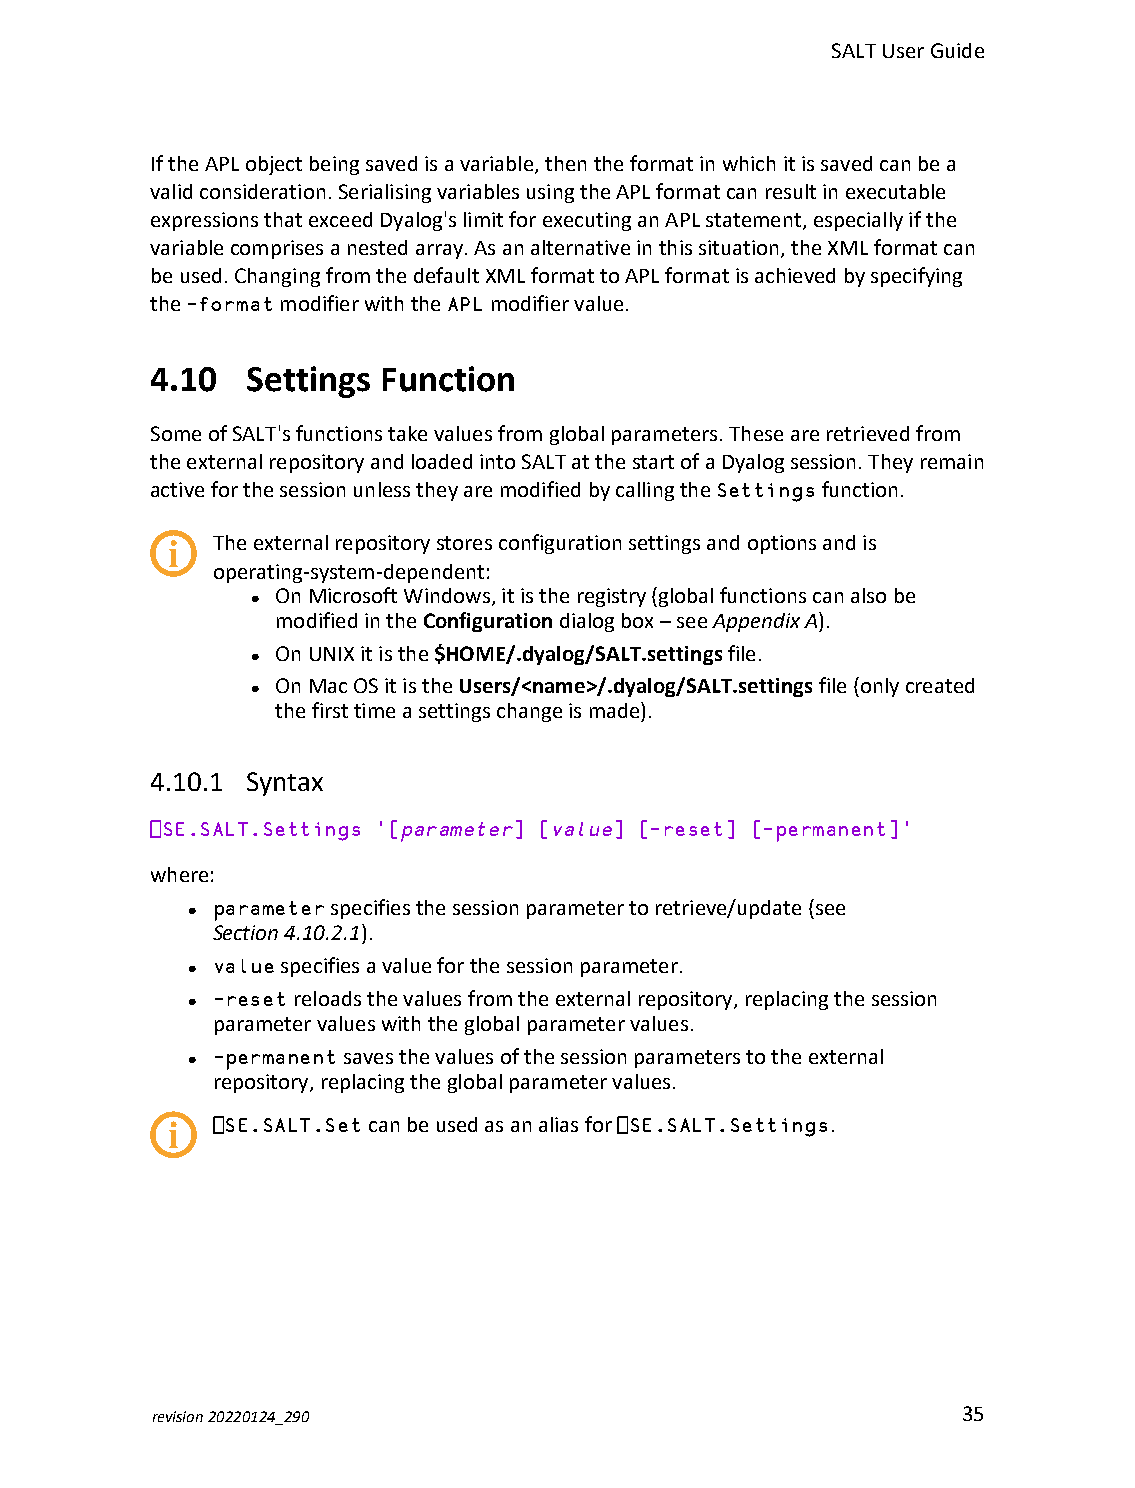
SALTUserGuide
 IftheAPLobjectbeingsavedisavariable,thentheformatinwhichitissavedcanbea
 validconsideration.SerialisingvariablesusingtheAPLformatcanresultinexecutable
 expressionsthatexceedDyalog'slimitforexecutinganAPLstatement,especiallyifthe
 variablecomprisesanestedarray.Asanalternativeinthissituation,theXMLformatcan
 beused.ChangingfromthedefaultXMLformattoAPLformatisachievedbyspecifying
 the-formatmodifierwiththeAPLmodifiervalue.
 4.10  Settings Function
 SomeofSALT'sfunctionstakevaluesfromglobalparameters.Theseareretrievedfrom
 theexternalrepositoryandloadedintoSALTatthestartofaDyalogsession.Theyremain
 activeforthesessionunlesstheyaremodifiedbycallingtheSettingsfunction.
 Theexternalrepositorystoresconfigurationsettingsandoptionsandis
 operating-system-dependent:
 OnMicrosoftWindows,itistheregistry(globalfunctionscanalsobe
 l
 modifiedintheConfigurationdialogbox–seeAppendix A).
 OnUNIXitisthe$HOME/.dyalog/SALT.settingsfile.
 l
 OnMacOSitistheUsers/<name>/.dyalog/SALT.settingsfile(onlycreated
 l
 thefirsttimeasettingschangeismade).
 4.10.1 Syntax
 ⎕SE.SALT.Settings '[parameter] [value] [-reset] [-permanent]'
 where:
 parameterspecifiesthesessionparametertoretrieve/update(see
 l
 Section 4.10.2.1).
 valuespecifiesavalueforthesessionparameter.
 l
 -resetreloadsthevaluesfromtheexternalrepository,replacingthesession
 l
 parametervalueswiththeglobalparametervalues.
 -permanentsavesthevaluesofthesessionparameterstotheexternal
 l
 repository,replacingtheglobalparametervalues.
 ⎕SE.SALT.Setcanbeusedasanaliasfor⎕SE.SALT.Settings.
 revision20220124_290                                  35